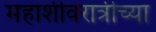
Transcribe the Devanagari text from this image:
महाशीवरात्रीच्या